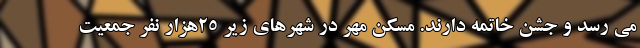
می رسد و جشن خاتمه دارند. مسکن مهر در شهرهای زیر 25هزار نفر جمعیت